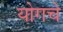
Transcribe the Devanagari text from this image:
योगचे